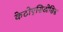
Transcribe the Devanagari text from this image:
केटोएसिडोसिस